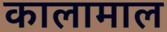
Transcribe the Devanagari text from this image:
कालामाल